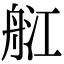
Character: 䑭